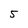
Character: 5